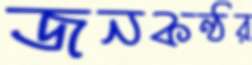
জনকণ্ঠর